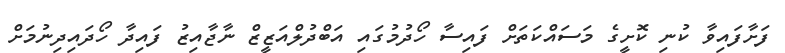
ފަށާފައިވާ ކުނި ކޮށީގެ މަސައްކަތަށް ފައިސާ ހޯދުމުގައި އަބްދުލްއަޒީޒް ނާޖާއިޒު ފައިދާ ހޯދައިދިނުމަށް